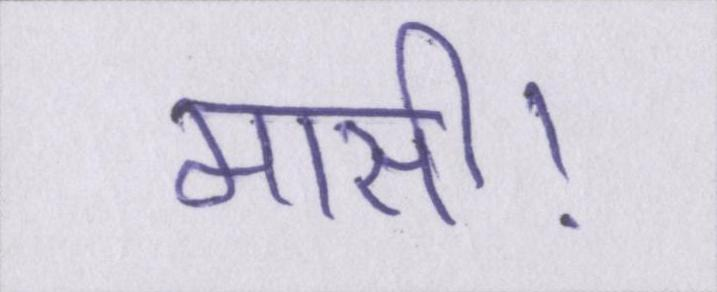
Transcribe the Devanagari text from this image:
मासी।